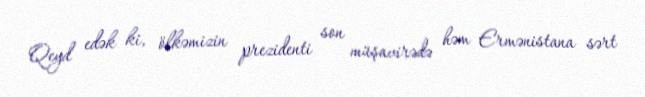
Qeyd edək ki, ölkəmizin prezidenti son müşavirədə həm Ermənistana sərt